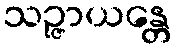
သဉ္ဇာယန္တေ